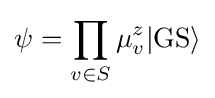
\psi =\prod _{v\in S}\mu _{v}^{z}|\mathrm {GS} \rangle